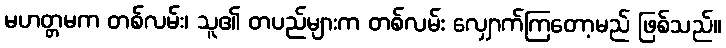
မဟတ္တမက တစ်လမ်း၊ သူ၏ တပည်များက တစ်လမ်း လျှောက်ကြတော့မည် ဖြစ်သည်။